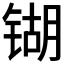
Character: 𲈋